Leaving Certificate Examination, 1920
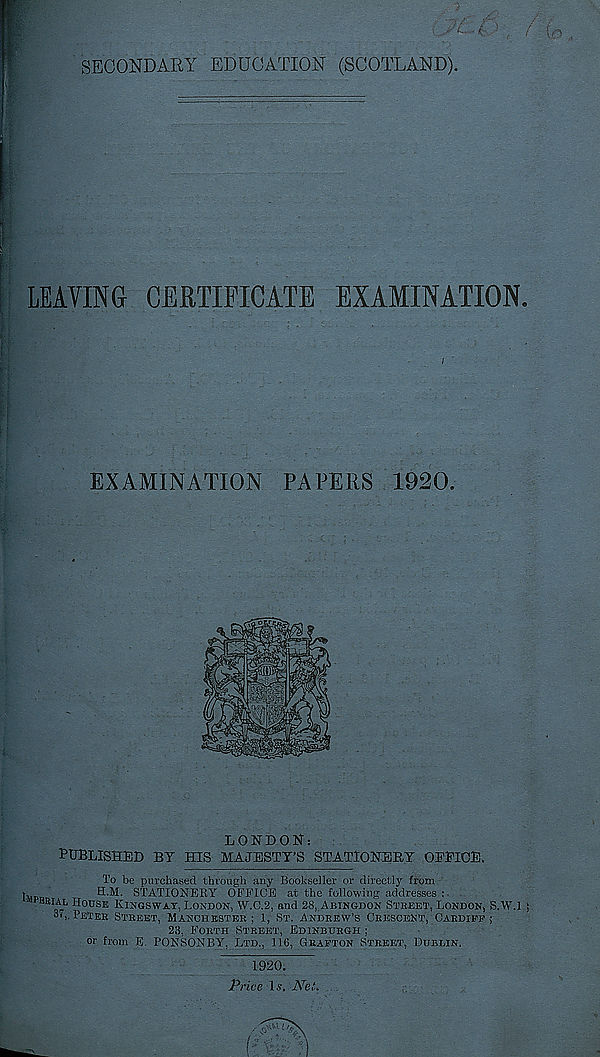
SECONDARY EDUCATION (SCOTLAND).
LEAVING CERTIFICATE EXAMINATION
/
EXAMINATION PAPERS 1920.
LONDON:
PUBLISHED BY HIS MAJESTY’S STATIONERY OEEICE.
To be purchased through any Bookseller or directly from
I
H.M. STATIONERY OFFICE at the following addresses :
BIiI £ L U°D S E KINGSWAY, LONDON, W.C.2, and 28, ABINGDON STREET, LONDON, S.W.l
3v,. PETER STREET, MANCHESTER; 1, ST. ANDREW’S CRESCENT, CARDIFF,
23, FORTH STREET, EDINBURGH ;
or from E. PONSONBY, LTD., 116, GRAFTON STREET, DUBLIN,
1920.
Price Is. A r eA ...